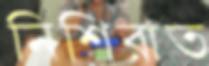
নিশিরাত